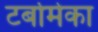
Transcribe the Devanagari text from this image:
टर्बोमेका